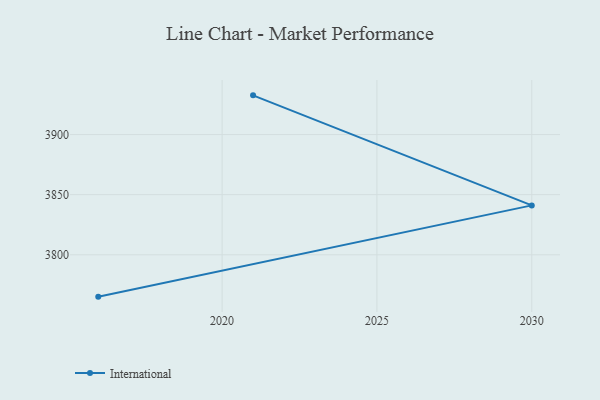
{"axis": {"x": "Year", "y": "Headcount"}, "legend": ["International"], "data": [{"x": "2021", "y": 3932.6, "type": "International"}, {"x": "2030", "y": 3841.1, "type": "International"}, {"x": "2016", "y": 3765.2, "type": "International"}]}